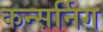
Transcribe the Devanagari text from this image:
कन्सर्निग